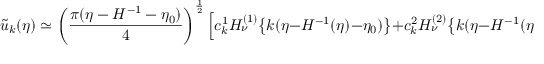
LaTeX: \tilde { u } _ { k } ( \eta ) \simeq \left( \frac { \pi ( \eta - H ^ { - 1 } - \eta _ { 0 } ) } { 4 } \right) ^ { \frac { 1 } { 2 } } \Bigl [ c _ { k } ^ { 1 } H _ { \nu } ^ { ( 1 ) } \bigl \{ k ( \eta - H ^ { - 1 } ( \eta ) - \eta _ { 0 } ) \bigr \} + c _ { k } ^ { 2 } H _ { \nu } ^ { ( 2 ) } \bigl \{ k ( \eta - H ^ { - 1 } ( \eta ) - \eta _ { 0 } ) \bigr \} \Bigr ] ,